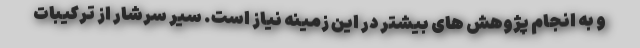
و به انجام پژوهش های بیشتر در این زمینه نیاز است. سیر سرشار از ترکیبات